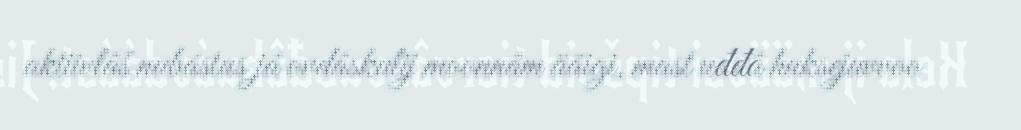
aktiivlâš nubástus já ovdâskulij moonnâm ääigi, mast uđđâ huksejuvvoo